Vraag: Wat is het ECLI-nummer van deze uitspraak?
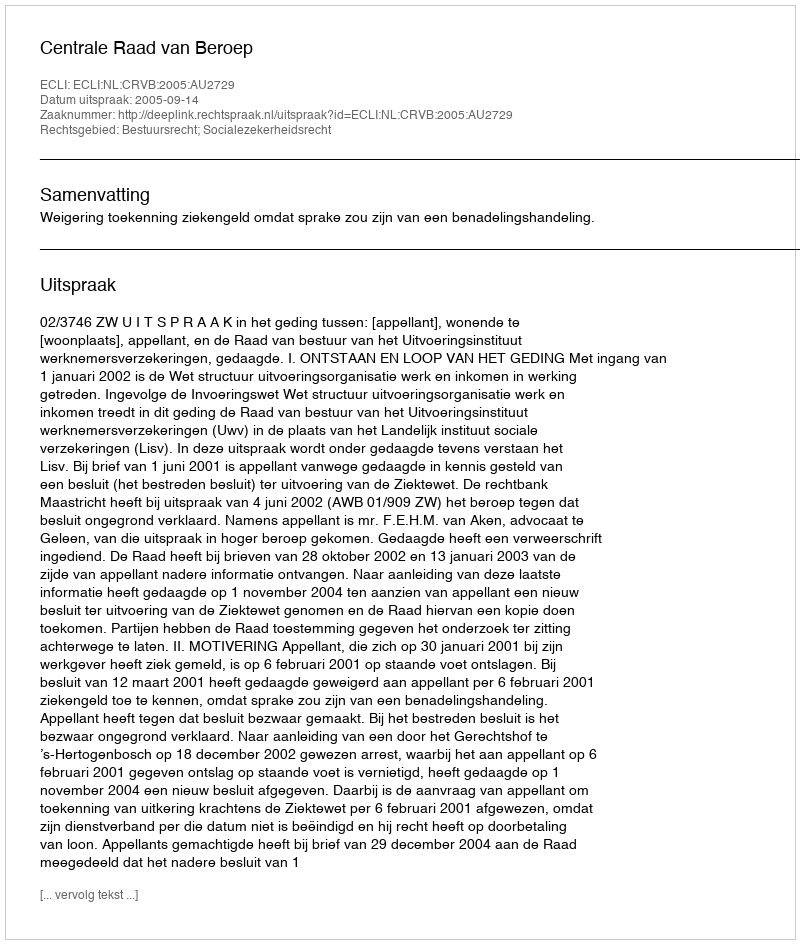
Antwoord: ECLI:NL:CRVB:2005:AU2729